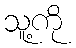
သူ့ကို